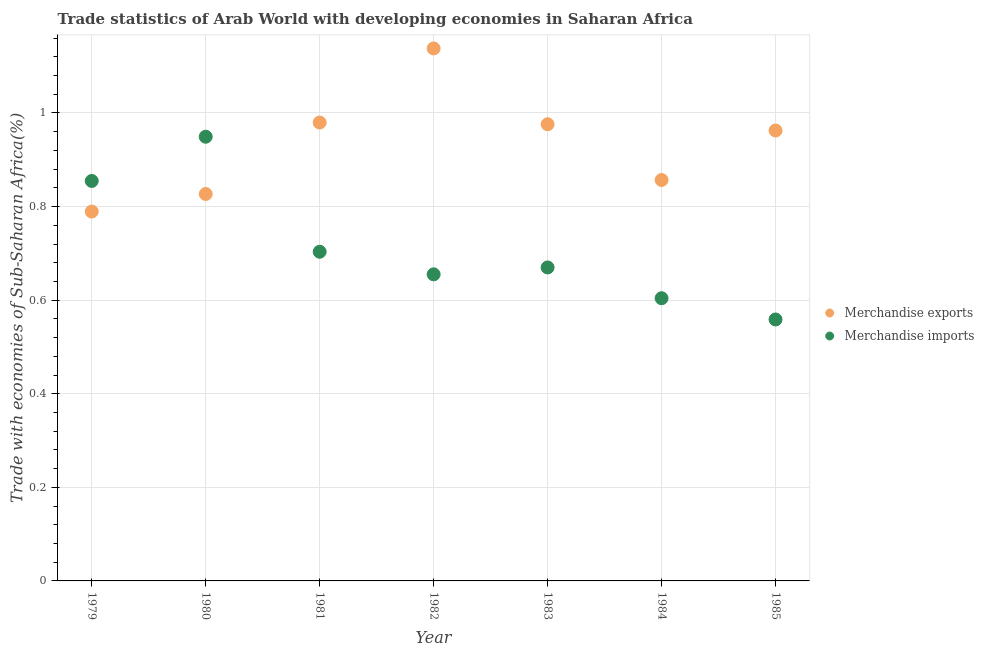
| Year | Merchandise exports | Merchandise imports |
 | --- | --- | --- |
 | 1979 | 0.789 | 0.855 |
 | 1980 | 0.827 | 0.949 |
 | 1981 | 0.98 | 0.703 |
 | 1982 | 1.14 | 0.655 |
 | 1983 | 0.976 | 0.67 |
 | 1984 | 0.857 | 0.604 |
 | 1985 | 0.963 | 0.559 |